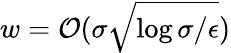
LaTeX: w=\mathcal{O}(\sigma\sqrt{\log{\sigma/\epsilon}})